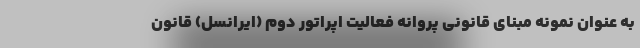
به عنوان نمونه مبنای قانونی پروانه فعالیت اپراتور دوم (ایرانسل) قانون